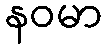
နဝမာ